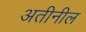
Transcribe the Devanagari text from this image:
अतीनील